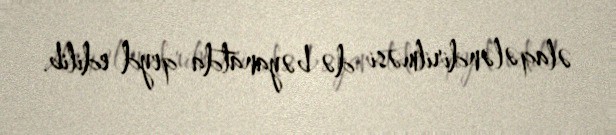
əlaqələndirilməsi də bəyanatda qeyd edilib.